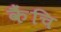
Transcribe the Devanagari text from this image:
कैंचि